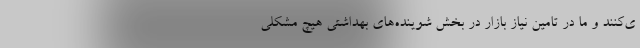
ی‌کنند و ما در تامین نیاز بازار در بخش شوینده‌های بهداشتی هیچ مشکلی